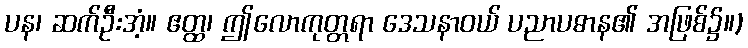
ပန၊ ဆက်ဦးအံ့။ ဧတ္ထ၊ ဤလောကုတ္တရာ ဒေသနာဝယ် ပညာပဓာန၏ အဖြစ်၌။)